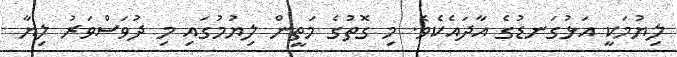
ލިޔުމަކީ އަޅުގަނޑުގެ އާދައެކެވެ. މި ގޮތުގެ މަތީން ލިޔުމުގައި މި ދުވަސްވަރު ލިޔާ